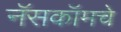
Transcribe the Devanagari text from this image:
नॅसकॉमचे